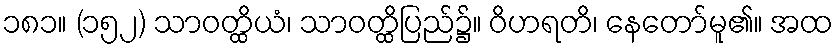
၁၈၁။ (၁၅၂) သာဝတ္ထိယံ၊ သာဝတ္ထိပြည်၌။ ဝိဟရတိ၊ နေတော်မူ၏။ အထ